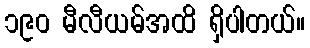
၁၉၀ မီလီယမ်အထိ ရှိပါတယ်။